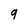
Character: 9